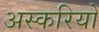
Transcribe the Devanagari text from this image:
अस्करियों